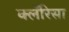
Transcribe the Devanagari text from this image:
क्लॅरिसा